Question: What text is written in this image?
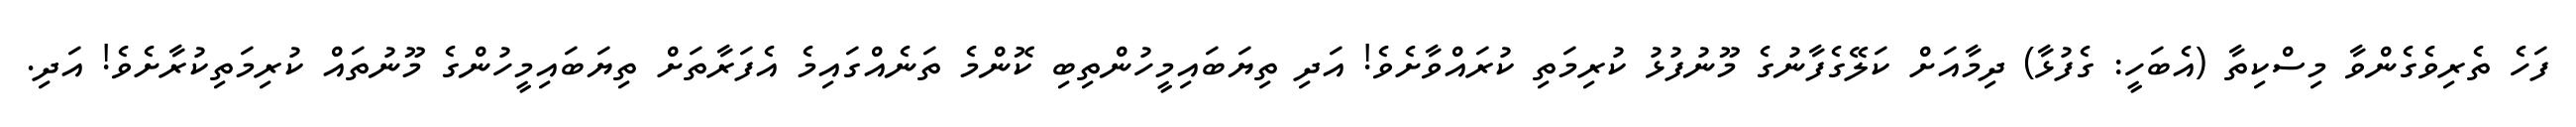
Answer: ފަހެ ތެރިވެގެންވާ މިސްކިތާ (އެބަހީ: ގެފުޅާ) ދިމާއަށް ކަލޭގެފާނުގެ މޫނުފުޅު ކުރިމަތި ކުރައްވާށެވެ! އަދި ތިޔަބައިމީހުންތިބި ކޮންމެ ތަނެއްގައިމެ އެފަރާތަށް ތިޔަބައިމީހުންގެ މޫނުތައް ކުރިމަތިކުރާށެވެ! އަދި.